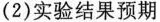
(2)实验结果预期